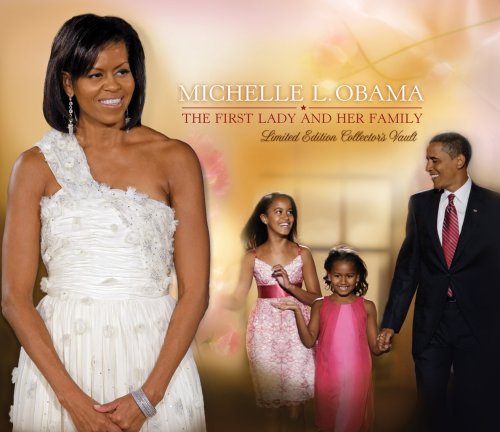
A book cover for The President/The First Family Double Vault; David Lifton; Crafts, Hobbies & Home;